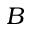
B